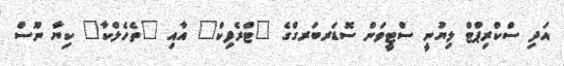
އަދި ސްކްރިޕްޓް ލިޔުނީ ސްޓީވަން ސޮޑަރބަރގްގެ "ޓްރެފިކް" އާއި "ތެހެލްކާ" ކިޔާ ނޫސް